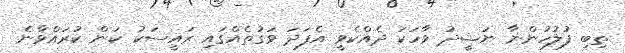
ތިބި ފުލުހުންނާ ނަޝީދު ވާހަކަ ދެއްކެވީ އެފަދަ ވަގުތެއްގައި ރައީސަކު ކަން ކުރައްވާނެ